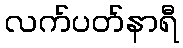
လက်ပတ်နာရီ